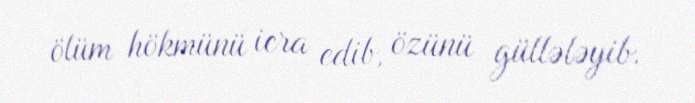
ölüm hökmünü icra edib, özünü güllələyib.